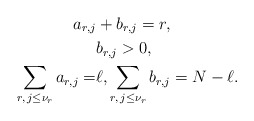
\begin{align*} a_{r,j}&+b_{r,j}=r,\\ &b_{r,j}>0, \\\sum_{r,\,j\le\nu_r}a_{r,j}=&\ell,\sum_{r,\,j\le\nu_r}b_{r,j}=N-\ell.\end{align*}